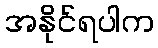
အနိုင်ရပါက